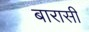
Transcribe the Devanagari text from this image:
बारासी